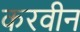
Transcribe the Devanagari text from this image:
करवीन